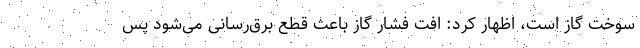
سوخت گاز است، اظهار کرد: افت فشار گاز باعث قطع برق‌رسانی می‌شود پس